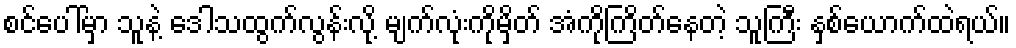
စင်ပေါ်မှာ သူနဲ့ ဒေါသထွက်လွန်းလို့ မျက်လုံးကိုမှိတ် အံကိုကြိတ်နေတဲ့ သူကြီး နှစ်ယောက်ထဲရယ်။